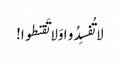
لا تُفسِدُو ا وَلا تَقنطوا!